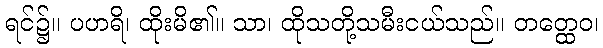
ရင်၌။ ပဟရိ၊ ထိုးမိ၏။ သာ၊ ထိုသတို့သမီးငယ်သည်။ တတ္ထေဝ၊